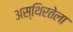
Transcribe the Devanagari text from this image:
अस्थिरतेला